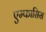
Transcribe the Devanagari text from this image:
एम्फासिस